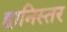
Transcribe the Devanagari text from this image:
हानिस्तर